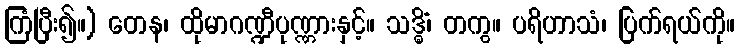
ကြံပြီး၍။) တေန၊ ထိုမာဂဏ္ဍီပုဏ္ဏားနှင့်။ သဒ္ဓိံ၊ တကွ။ ပရိဟာသံ၊ ပြက်ရယ်ကို။